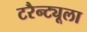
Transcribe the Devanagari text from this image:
टरैन्ट्यूला